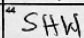
Transcription: SHW